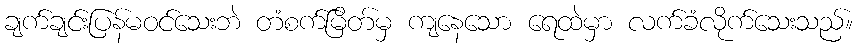
ချက်ချင်းပြန်မဝင်သေးဘဲ တံစက်မြိတ်မှ ကျနေသော ရေထဲမှာ လက်ခံလိုက်သေးသည်။